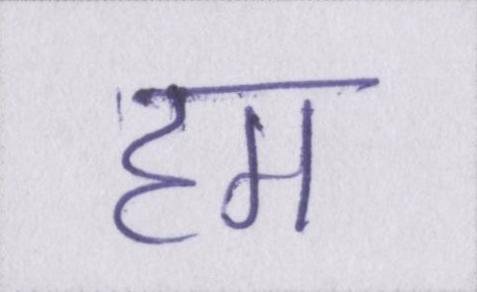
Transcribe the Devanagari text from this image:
हम